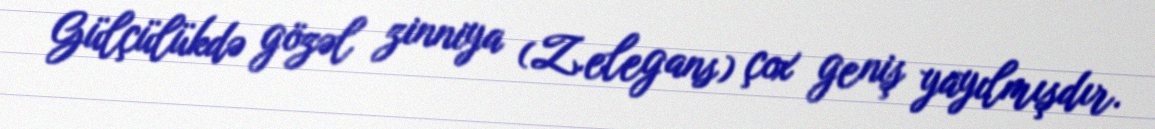
Gülçülükdə gözəl zinniya (Z.elegans) çox geniş yayılmışdır.